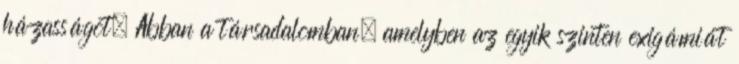
házasságot. Abban a társadalomban, amelyben az egyik szinten exigámiát